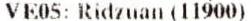
VE05: RIDZUAN (11900)